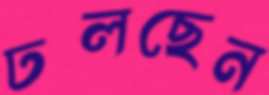
ঢলছেন